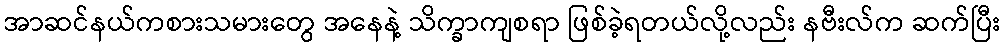
အာဆင်နယ်ကစားသမားတွေ အနေနဲ့ သိက္ခာကျစရာ ဖြစ်ခဲ့ရတယ်လို့လည်း နဗီးလ်က ဆက်ပြီး